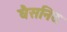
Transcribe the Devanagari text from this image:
घैसनिद